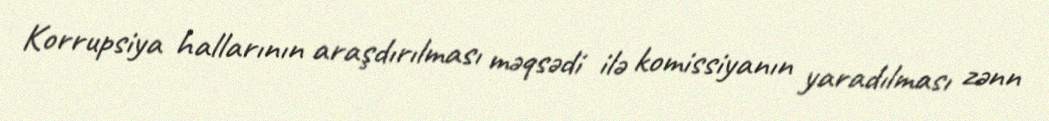
Korrupsiya hallarının araşdırılması məqsədi ilə komissiyanın yaradılması zənn